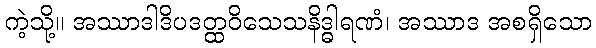
ကဲ့သို့။ အဿာဒါဒိပဒတ္ထဝိသေသနိဒ္ဓါရဏံ၊ အဿာဒ အစရှိသော